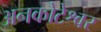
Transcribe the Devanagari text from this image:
अनकोटेश्वर